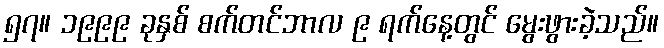
၅၇။ ၁၉၉၉ ခုနှစ် စက်တင်ဘာလ ၉ ရက်နေ့တွင် မွေးဖွားခဲ့သည်။